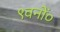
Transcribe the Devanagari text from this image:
९वनों०